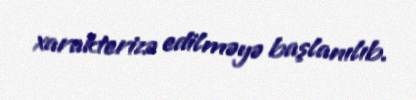
xarakterizə edilməyə başlanılıb.